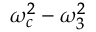
\omega _ { c } ^ { 2 } - \omega _ { 3 } ^ { 2 }